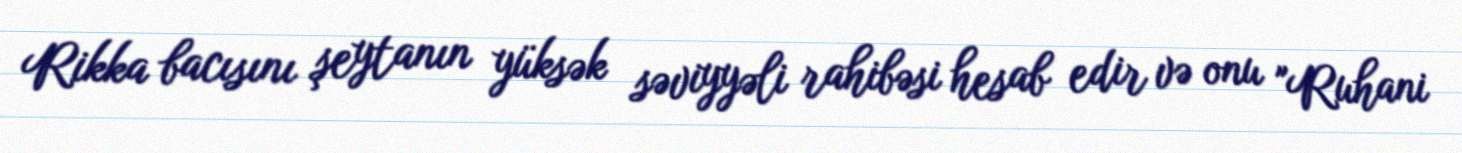
Rikka bacısını şeytanın yüksək səviyyəli rahibəsi hesab edir və onu "Ruhani